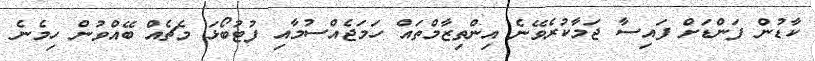
ކާޑުން ފަންޑަށް ފައިސާ ޖަމާކުރެވޭނެ އިންތިޒާމްތައް ހަމަޖެއްސުމާއި ފުޓުބޯޅަ މެޗެއް ބޭއްވުން ހިމެނެ